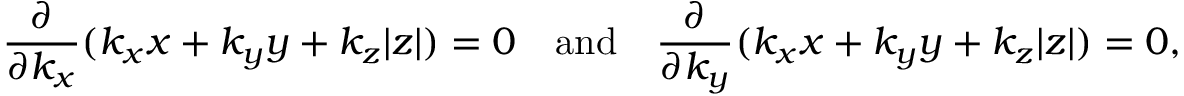
\frac { \partial } { \partial k _ { x } } ( k _ { x } x + k _ { y } y + k _ { z } | z | ) = 0 \quad \mathrm { a n d } \quad \frac { \partial } { \partial k _ { y } } ( k _ { x } x + k _ { y } y + k _ { z } | z | ) = 0 ,